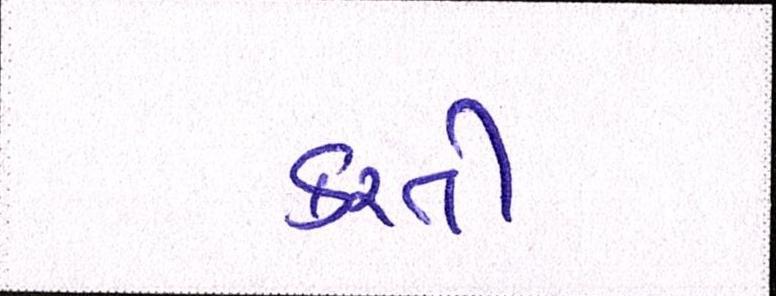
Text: કરતી